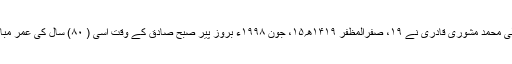
حضرت قبلہ میاں علی محمد مشوری قادری نے ۱۹، صفرالمظفر ۱۴۱۹ھ؍۱۵، جون ۱۹۹۸ء بروز پیر صبح صادق کے وقت اسی ( ۸۰) سال کی عمر مبارک میں وصال کیا ۔